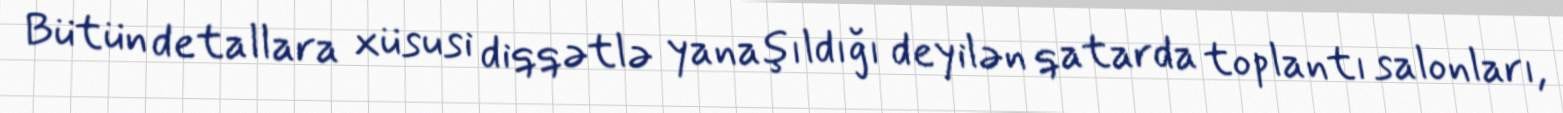
Bütün detallara xüsusi diqqətlə yanaşıldığı deyilən qatarda toplantı salonları,